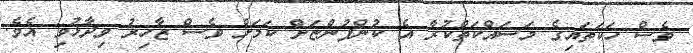
ވެސް ހަކަތައިގެ މަސައްކަތްކުރާ އެ ކުންފުންޏަށް ކަމަށް ވެސް ޒާހިރު ވިދާޅުވި އެވެ.